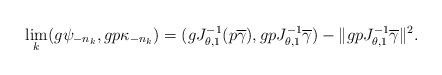
LaTeX: \begin{align*}\lim_k(g\psi_{-n_k},gp\kappa_{-n_k})=(gJ_{\theta,1}^{-1}(p\overline\gamma),gpJ_{\theta,1}^{-1}\overline\gamma)-\|gpJ_{\theta,1}^{-1}\overline\gamma\|^2.\end{align*}